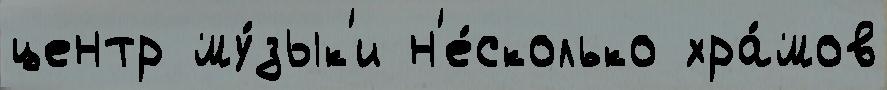
центр му́зык'и н'е́сколько хра́мов